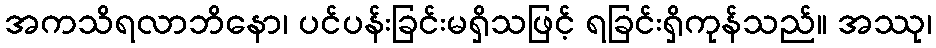
အကသိရလာဘိနော၊ ပင်ပန်းခြင်းမရှိသဖြင့် ရခြင်းရှိကုန်သည်။ အဿု၊